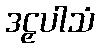
ဒဠှပါသံ